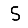
Digit: 5